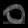
Digit: ၀